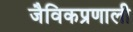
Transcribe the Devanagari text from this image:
जैविकप्रणाली